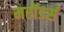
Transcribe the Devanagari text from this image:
मरॉडर्स